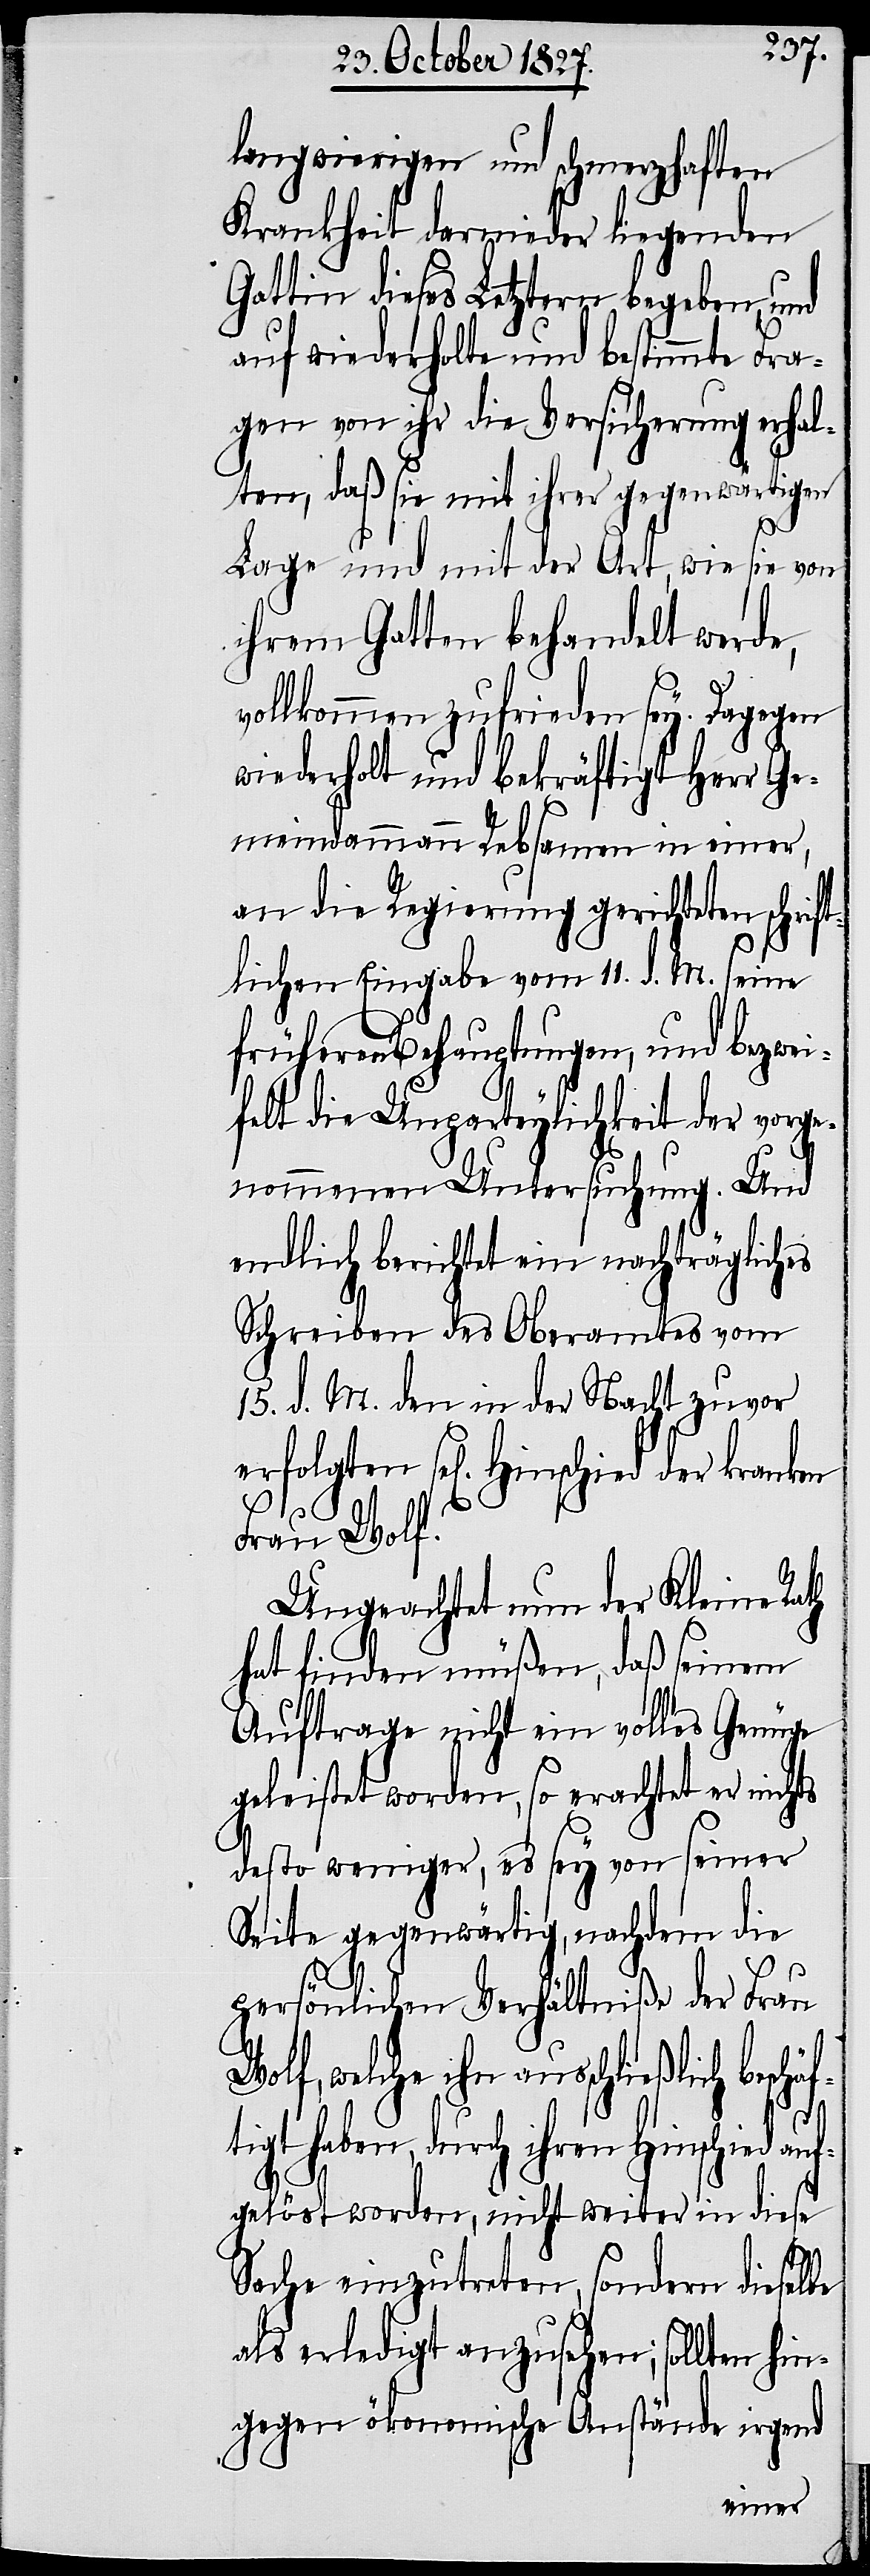
langwierigen und schmerzhaften
Krankheit darnieder liegenden
Gattin dieses Letztern begeben, und
auf wiederholte und bestimmte Fra¬
gen von ihr die Versicherung erhal¬
ten, daß sie mit ihrer gegenwärtigen
Lage und mit der Art, wie sie von
ihrem Gatten behandelt werde,
vollkommen zufrieden sey. Dagegen
wiederholt und bekräftigt Herr Ge¬
meindammann Rebsamen in einer,
an die Regierung gerichteten schrift¬
lichen Eingabe vom 11. d. M. seine
frühern Behauptungen, und bezwei¬
felt die Unpartheylichkeit der vorge¬
nommenen Untersuchung. Und
endlich berichtet ein nachträgliches
Schreiben des Oberamtes vom
15. d. M. den in der Nacht zuvor
auf¬
Frau Wolf.
Ungeachtet nun der Kleine Rath
hat finden müßen, daß seinem
Auftrage nicht ein volles Genüge
geleistet worden, so erachtet er nichts
desto weniger, es sey von seiner
Seite gegenwärtig, nachdem die
persönlichen Verhältniße der Frau
Wolf, welche ihn ausschließlich besch¬
haben, durch ihren Hinschied
gelöst worden, nicht weiter in diese
Sache einzutreten, sondern dieselbe
als erledigt anzusehen; sollten hin¬
gegen ökonomische Anstände irgend